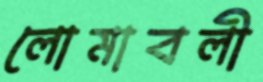
লোমাবলী